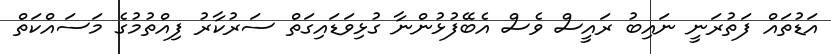
އަޑުތައް ފަތުރަނީ ނައިބު ރައީސް ވެސް އެބޭފުޅުންނާ ގުޅިވަޑައިގަތް ސަރުކާރު ފިއްތުމުގެ މަސައްކަތް